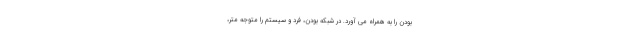
بودن را به همراه می آورد. در شبکه بودن، فرد و سیستم را متوجه متر،